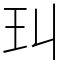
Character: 㺩